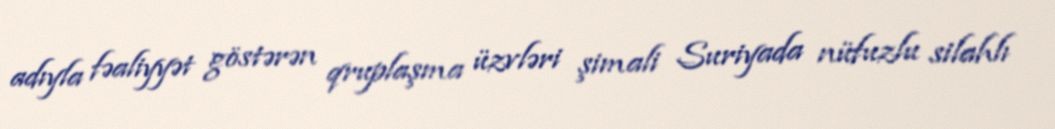
adıyla fəaliyyət göstərən qruplaşma üzvləri şimali Suriyada nüfuzlu silahlı